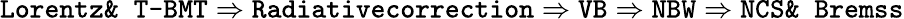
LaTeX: \texttt{Lorentz\& T-BMT}\Rightarrow\texttt{Radiativecorrection}\Rightarrow\texttt{VB}\Rightarrow\texttt{NBW}\Rightarrow\texttt{NCS\& Bremss}